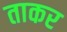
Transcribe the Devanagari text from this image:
ताकर